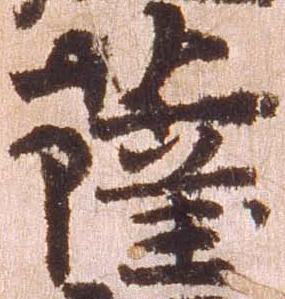
薩